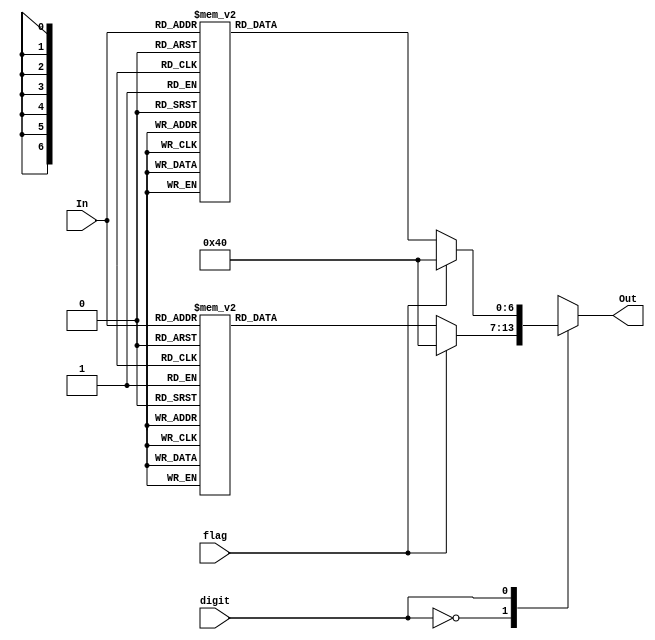
module Seven_Displayer(In, flag, digit, Out);

input [3:0]In;
input digit;
input flag;
output [6:0]Out;

reg [6:0]Out;

always@(digit or In)

begin
	case(digit)
		0 : begin
			if(flag) Out = 7'b1000000; //0
			else begin
				case(In)
					0 : Out = 7'b0010010; //5
					1 : Out = 7'b0011001; //4
					2 : Out = 7'b0110000; //3
					3 : Out = 7'b0100100; //2
					4 : Out = 7'b1111001; //1
					5 : Out = 7'b1000000; //0
					6 : Out = 7'b0010000; //9
					7 : Out = 7'b0000000; //8
					8 : Out = 7'b1111000; //7
					9 : Out = 7'b0000010; //6
					10 : Out = 7'b0010010; //5
					11 : Out = 7'b0011001; //4
					12 : Out = 7'b0110000; //3
					13 : Out = 7'b0100100; //2
					14 : Out = 7'b1111001; //1
					15 : Out = 7'b1000000; //0
					default : Out = 7'b1000000; //5
				endcase
			end
		end
		1 : begin
			if(flag) Out = 7'b1000000; //0
			else begin
				case(In)
					1 : Out = 7'b1111001; //1
					2 : Out = 7'b1111001;
					3 : Out = 7'b1111001;
					4 : Out = 7'b1111001;
					5 : Out = 7'b1111001;
					6 : Out = 7'b1000000; //0
					7 : Out = 7'b1000000;
					8 : Out = 7'b1000000;
					9 : Out = 7'b1000000;
					10 : Out = 7'b1000000;
					11 : Out = 7'b1000000;
					12 : Out = 7'b1000000;
					13 : Out = 7'b1000000;
					14 : Out = 7'b1000000;
					15 : Out = 7'b1000000;
					default : Out = 7'b1111001; //1
				endcase
			end
		end
	endcase
end

endmodule